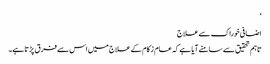
‘
اضافی خوراک سےعلاج
تاہم تحقیق سے سامنے آیا ہے کہ عام زکام کے علاج میں اس سے فرق پڑتا ہے۔